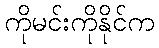
ကိုမင်းကိုနိုင်က